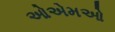
ઓએમઓ